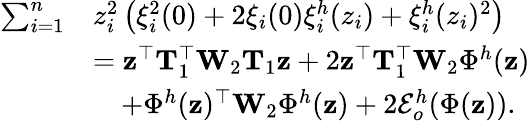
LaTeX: \begin{array}{rl}{\sum_{i=1}^{n}}&{z_{i}^{2}\left(\xi_{i}^{2}(0)+2\xi_{i}(0)\xi_{i}^{h}(z_{i})+\xi_{i}^{h}(z_{i})^{2}\right)}\\ &{=\mathbf{z}^{\top}\mathbf{T}_{1}^{\top}\mathbf{W}_{2}\mathbf{T}_{1}\mathbf{z}+2\mathbf{z}^{\top}\mathbf{T}_{1}^{\top}\mathbf{W}_{2}\Phi^{h}(\mathbf{z})}\\ &{\quad+\Phi^{h}(\mathbf{z})^{\top}\mathbf{W}_{2}\Phi^{h}(\mathbf{z})+2\mathcal{E}_{o}^{h}(\Phi(\mathbf{z})).}\end{array}